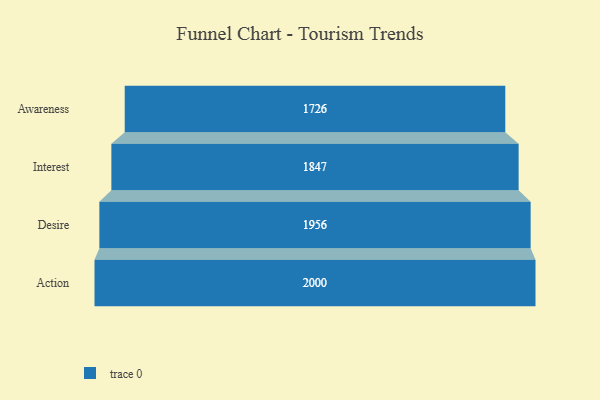
{"axis": {"x": "Stage", "y": "Value"}, "legend": [""], "data": [{"x": "Awareness", "y": 1726.0, "type": ""}, {"x": "Interest", "y": 1847.0, "type": ""}, {"x": "Desire", "y": 1956.0, "type": ""}, {"x": "Action", "y": 2000, "type": ""}]}